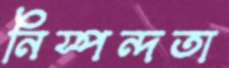
নিস্পন্দতা